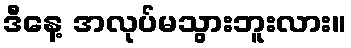
ဒီနေ့ အလုပ်မသွားဘူးလား။